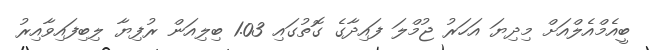
ބީއެމްއެލްއަށް މިދިޔަ އަހަރު ޖުމްލަ ފައިދާގެ ގޮތުގައި 1.03 ބިލިއަން ރުފިޔާ ލިބިފައިވާއިރު